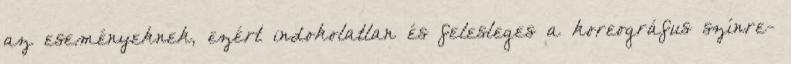
az eseményeknek, ezért indokolatlan és felesleges a koreográfus színre-